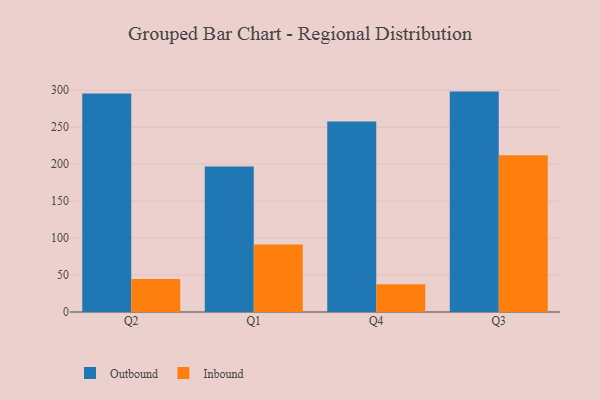
{"axis": {"x": "Quarter", "y": "Energy Usage (MWh)"}, "legend": ["Inbound", "Outbound"], "data": [{"x": "Q2", "y": 295.5, "type": "Outbound"}, {"x": "Q2", "y": 44.6, "type": "Inbound"}, {"x": "Q1", "y": 196.8, "type": "Outbound"}, {"x": "Q1", "y": 91.4, "type": "Inbound"}, {"x": "Q4", "y": 257.6, "type": "Outbound"}, {"x": "Q4", "y": 37.5, "type": "Inbound"}, {"x": "Q3", "y": 298.1, "type": "Outbound"}, {"x": "Q3", "y": 212.0, "type": "Inbound"}]}